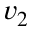
v _ { 2 }